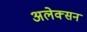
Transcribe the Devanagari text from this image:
अलेक्सन